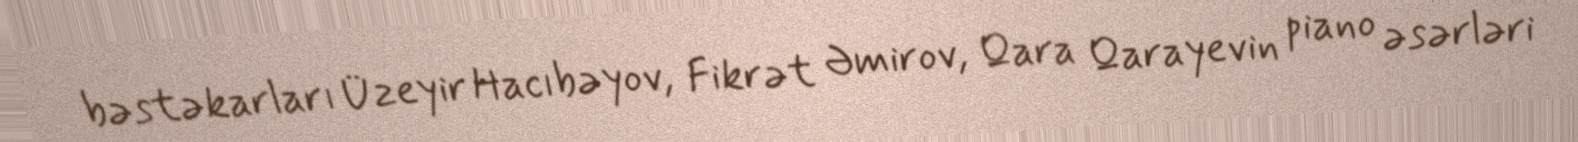
bəstəkarları Üzeyir Hacıbəyov, Fikrət Əmirov, Qara Qarayevin piano əsərləri